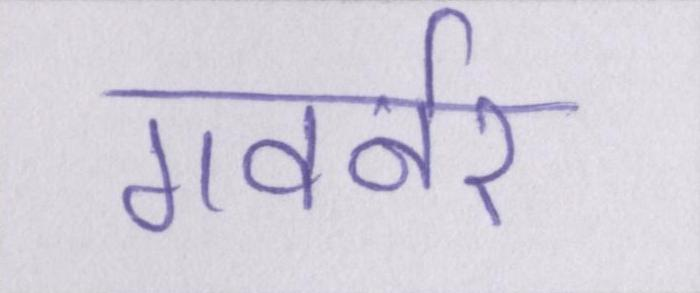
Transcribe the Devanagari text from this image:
गवर्नर